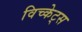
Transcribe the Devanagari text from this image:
विच्केट्स